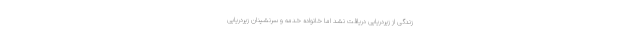
زندگی از زیردریایی دریافت نشد اما خانواده خدمه و سرنشینان زیردریایی